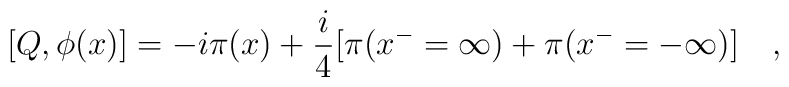
[Q, \phi(x)]=-i\pi(x)+\frac{i}{4}[\pi(x^- =\infty)+\pi(x^- =-\infty)]\quad,